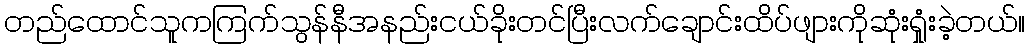
တည်ထောင်သူကကြက်သွန်နီအနည်းငယ်ခိုးတင်ပြီးလက်ချောင်းထိပ်ဖျားကိုဆုံးရှုံးခဲ့တယ်။